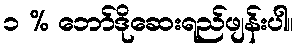
၁ % ဘော်ဒိုဆေးရည်ဖျန်းပါ။